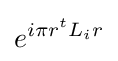
e^{i\pi r^{t}L_{i}r}